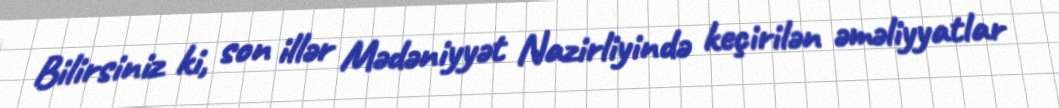
Bilirsiniz ki, son illər Mədəniyyət Nazirliyində keçirilən əməliyyatlar